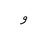
Letter: _waw